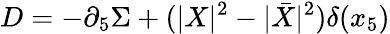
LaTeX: D=-\partial_{5}\Sigma+(|X|^{2}-|\bar{X}|^{2})\delta(x_{5})